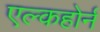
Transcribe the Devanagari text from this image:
एल्कहोर्न